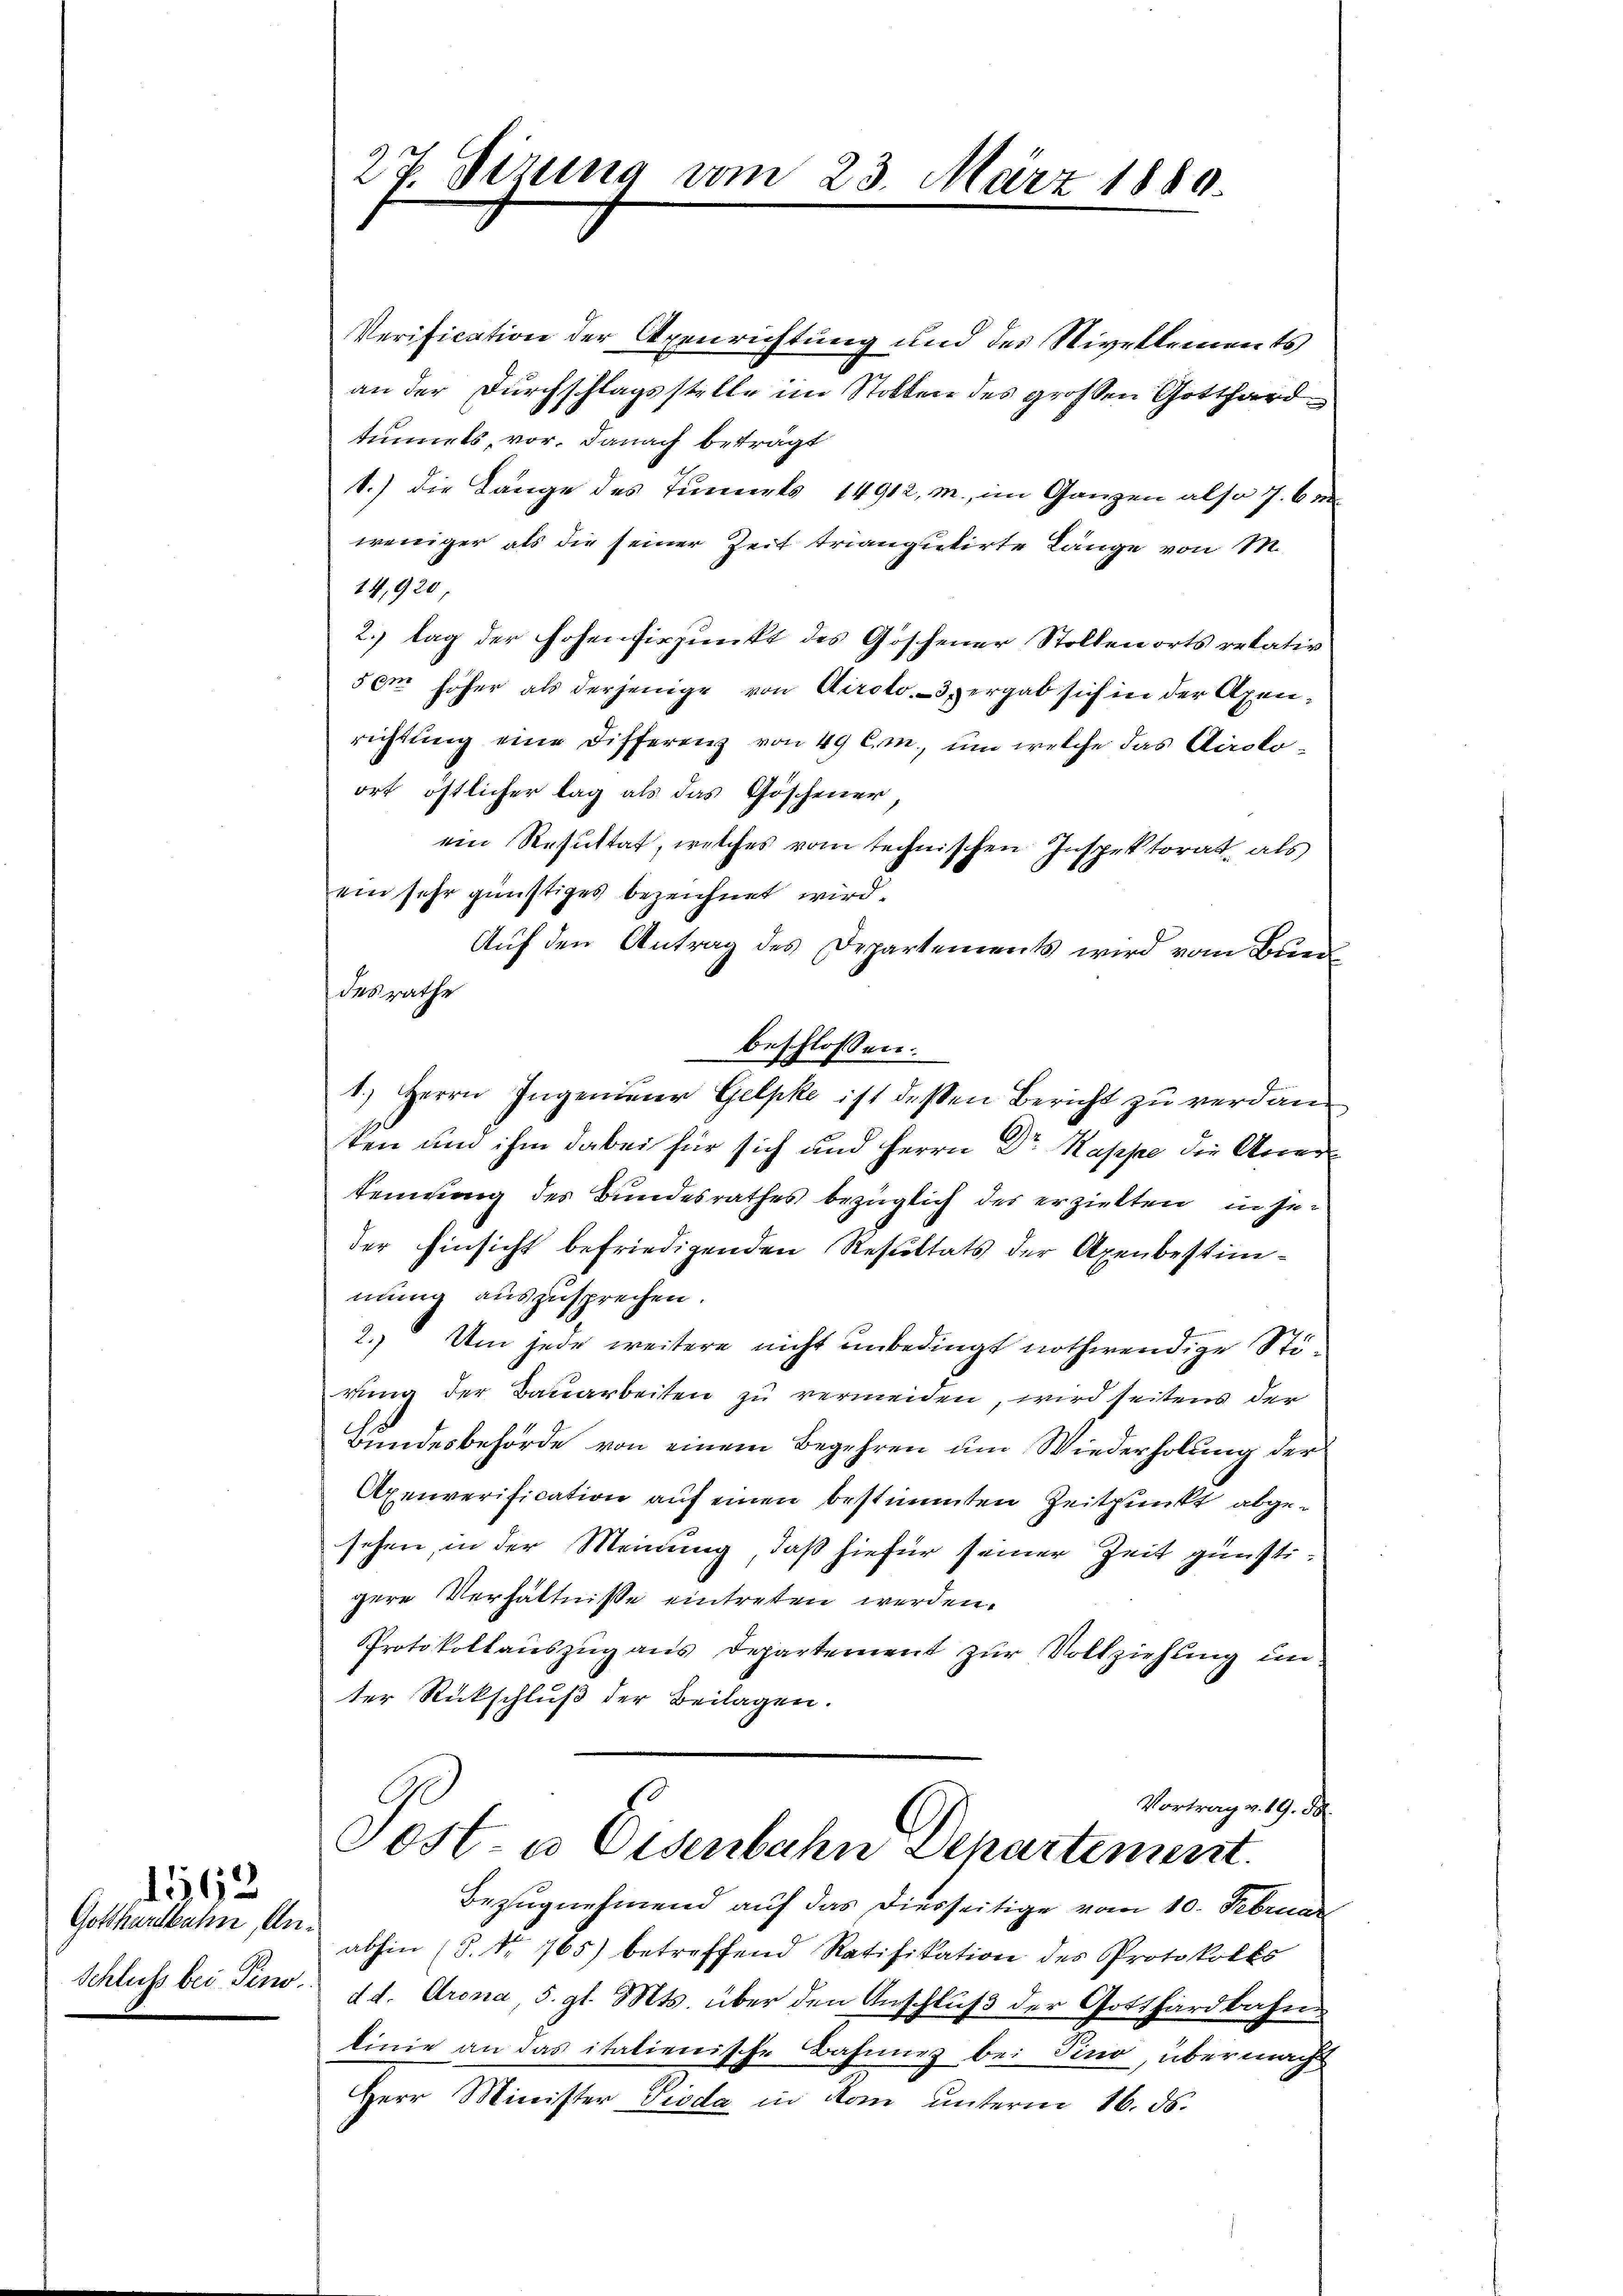
Gotthardbahn, An¬
Schluß bei Tino.

1562

Verification der Axenrichtung und des Nivellements
an der Durchschlagsstelle im Stollen des großen Gotthardtunnels, vor. Danach beträgt
1.) Die Länge des Tunnels 14912, m., im Ganzen also 7. Be
weniger als die seiner Zeit triangulirte Länge von M.
14,920
2.) lag der Hohenfispunkt des Goschener Stollenorts retativ
5 cm höher als derjenige von Airolo.3pergab sich in der Axenrichtung eine Differenz von 40 Cm., um welche das Airoloort östlicher lag als das Göschener,
ein Resultat, welches vom technischen Inspektorat, als
ein sehr günstiges bezeichnet wird.
Auf den Antrag des Departements wird vom Bund
des rathe
beschlossen:
1.) Herrn Ingenimer Gelpke ist deßen Bericht zu verdanten um ihm dabei für sich und Herrn Dr Kappe die Anerkennung des Bundesrathes bezüglich des erzielten, in jeder Hinsicht befriedigenden Resultats der Axenbestimmung auszusprechen.
2. Um jede weitere nicht unbedingt nothwendige Stirung der Bauarbeiten zu vermeiden, wird seitens der
Bundesbehörde von einem Begehren um Wiederholung der
Axenverification auf einen bestimmten Zeitpunkt abgesehen, in der Meinung, daß hiefür seiner Zeit günstigere Verhältniße eintreten werden.
Protokollauszug aus Departement zur Vollziehung im
ter Rückschluß der Beilagen.
Vortrag v. 19. 58.
Post- u Eisenbahn Departement.
Bezugnehmend auf das diesseitige vom 10. Februar
abhin (S. Nr. 765) betreffend Ratifikation des Protokolls
d d. Grena, 5. gl. Mts. über den Anschluß der Gotthardbahn
linie an das italienische Bahnung bei Pino, übermacht
Herr Minister Pioda in Rom unterm 16. ds.

27. Sizung vom 23. März 1889.